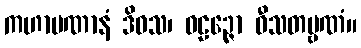
ကဟာပဏာနံ ဒိဝသ၊ ဝဠဉ္ဇော ဝီသတမ္ဗဏံ။